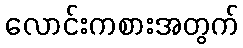
လောင်းကစားအတွက်